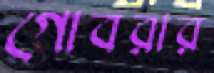
গোবরার